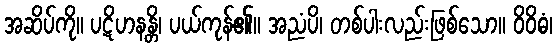
အဆိပ်ကို။ ပဋိဟနန္တိ၊ ပယ်ကုန်၏။ အညံပိ၊ တစ်ပါးလည်းဖြစ်သော။ ဝိဝိဓံ၊